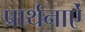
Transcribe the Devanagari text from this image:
प्रार्थनाऐं